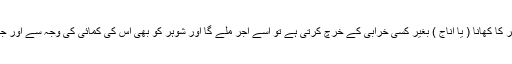
رسول اللہ ﷺ نے فر مایا کہ جب عورت اپنے گھر کا کھانا ( یا اناج ) بغیر کسی خرابی کے خرچ کرتی ہے تو اسے اجر ملے گا اور شوہر کو بھی اس کی کمائی کی وجہ سے اور جمع کرنے والے کو بھی اسی طرح کا ثواب ہو گا۔